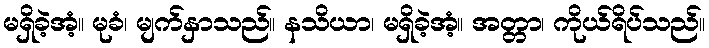
မရှိခဲ့အံ့။ မုခံ၊ မျက်နှာသည်။ နသိယာ၊ မရှိခဲ့အံ့။ အတ္တာ၊ ကိုယ်ရိပ်သည်။